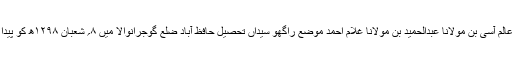
مولاناعالم آسی بن مولانا عبدالحمید بن مولانا غلام احمد موضع راگھو سیداں تحصیل حافظ آباد ضِلع گوجرانوالا میں ۸؍ شعبان ۱۲۹۸ھ کو پیدا ہوئے۔